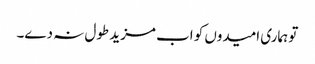
تو ہماری امیدوں کو اب مزید طول نہ دے۔